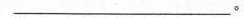
___。